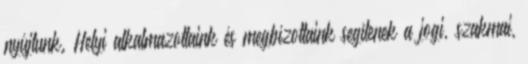
nyújtunk. Helyi alkalmazottaink és megbízottaink segítenek a jogi, szakmai,